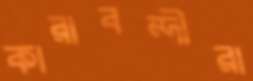
কারাবন্দীরা